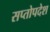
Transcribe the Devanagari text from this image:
सप्तोपदेश